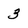
Character: 3